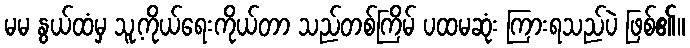
မမ နွယ်ထံမှ သူ့ကိုယ်ရေးကိုယ်တာ သည်တစ်ကြိမ် ပထမဆုံး ကြားရသည်ပဲ ဖြစ်၏။